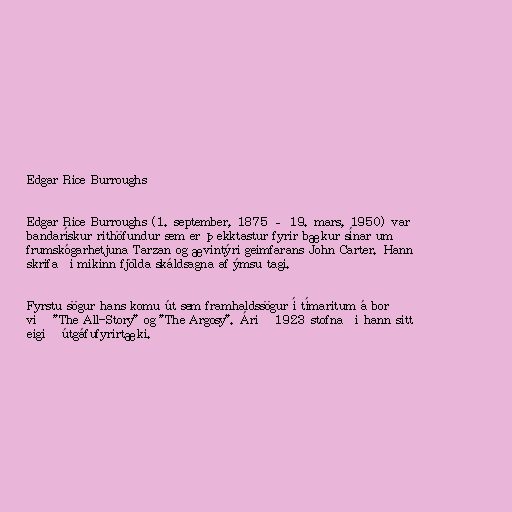
Edgar Rice Burroughs

Edgar Rice Burroughs (1. september, 1875 – 19. mars, 1950) var
bandarískur rithöfundur sem er þekktastur fyrir bækur sínar um
frumskógarhetjuna Tarzan og ævintýri geimfarans John Carter. Hann
skrifaði mikinn fjölda skáldsagna af ýmsu tagi.

Fyrstu sögur hans komu út sem framhaldssögur í tímaritum á borð
við "The All-Story" og "The Argosy". Árið 1923 stofnaði hann sitt
eigið útgáfufyrirtæki.